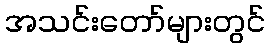
အသင်းတော်များတွင်